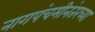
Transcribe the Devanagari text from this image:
नागपंचमीनंतरच्या